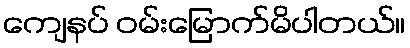
ကျေနပ် ဝမ်းမြောက်မိပါတယ်။